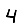
Digit: 4